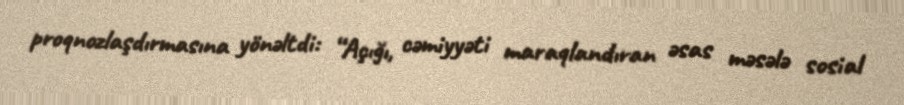
proqnozlaşdırmasına yönəltdi: “Açığı, cəmiyyəti maraqlandıran əsas məsələ sosial